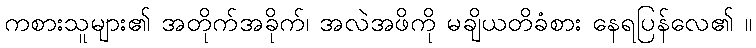
ကစားသူများ၏ အတိုက်အခိုက်၊ အလဲအဖိကို မချိယတိခံစား နေရပြန်လေ၏ ။